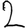
Digit: 2